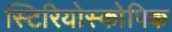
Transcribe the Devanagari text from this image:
स्टिरियोस्कोपिक